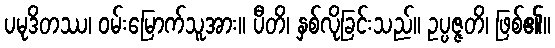
ပမုဒိတဿ၊ ဝမ်းမြောက်သူအား။ ပီတိ၊ နှစ်လိုခြင်းသည်။ ဥပ္ပဇ္ဇတိ၊ ဖြစ်၏။